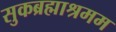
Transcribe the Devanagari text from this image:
सुकब्रह्माश्रमम